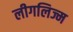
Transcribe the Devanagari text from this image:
लीगलिज्म